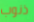
ذنوب